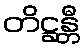
တိဋ္ဌန္တီ